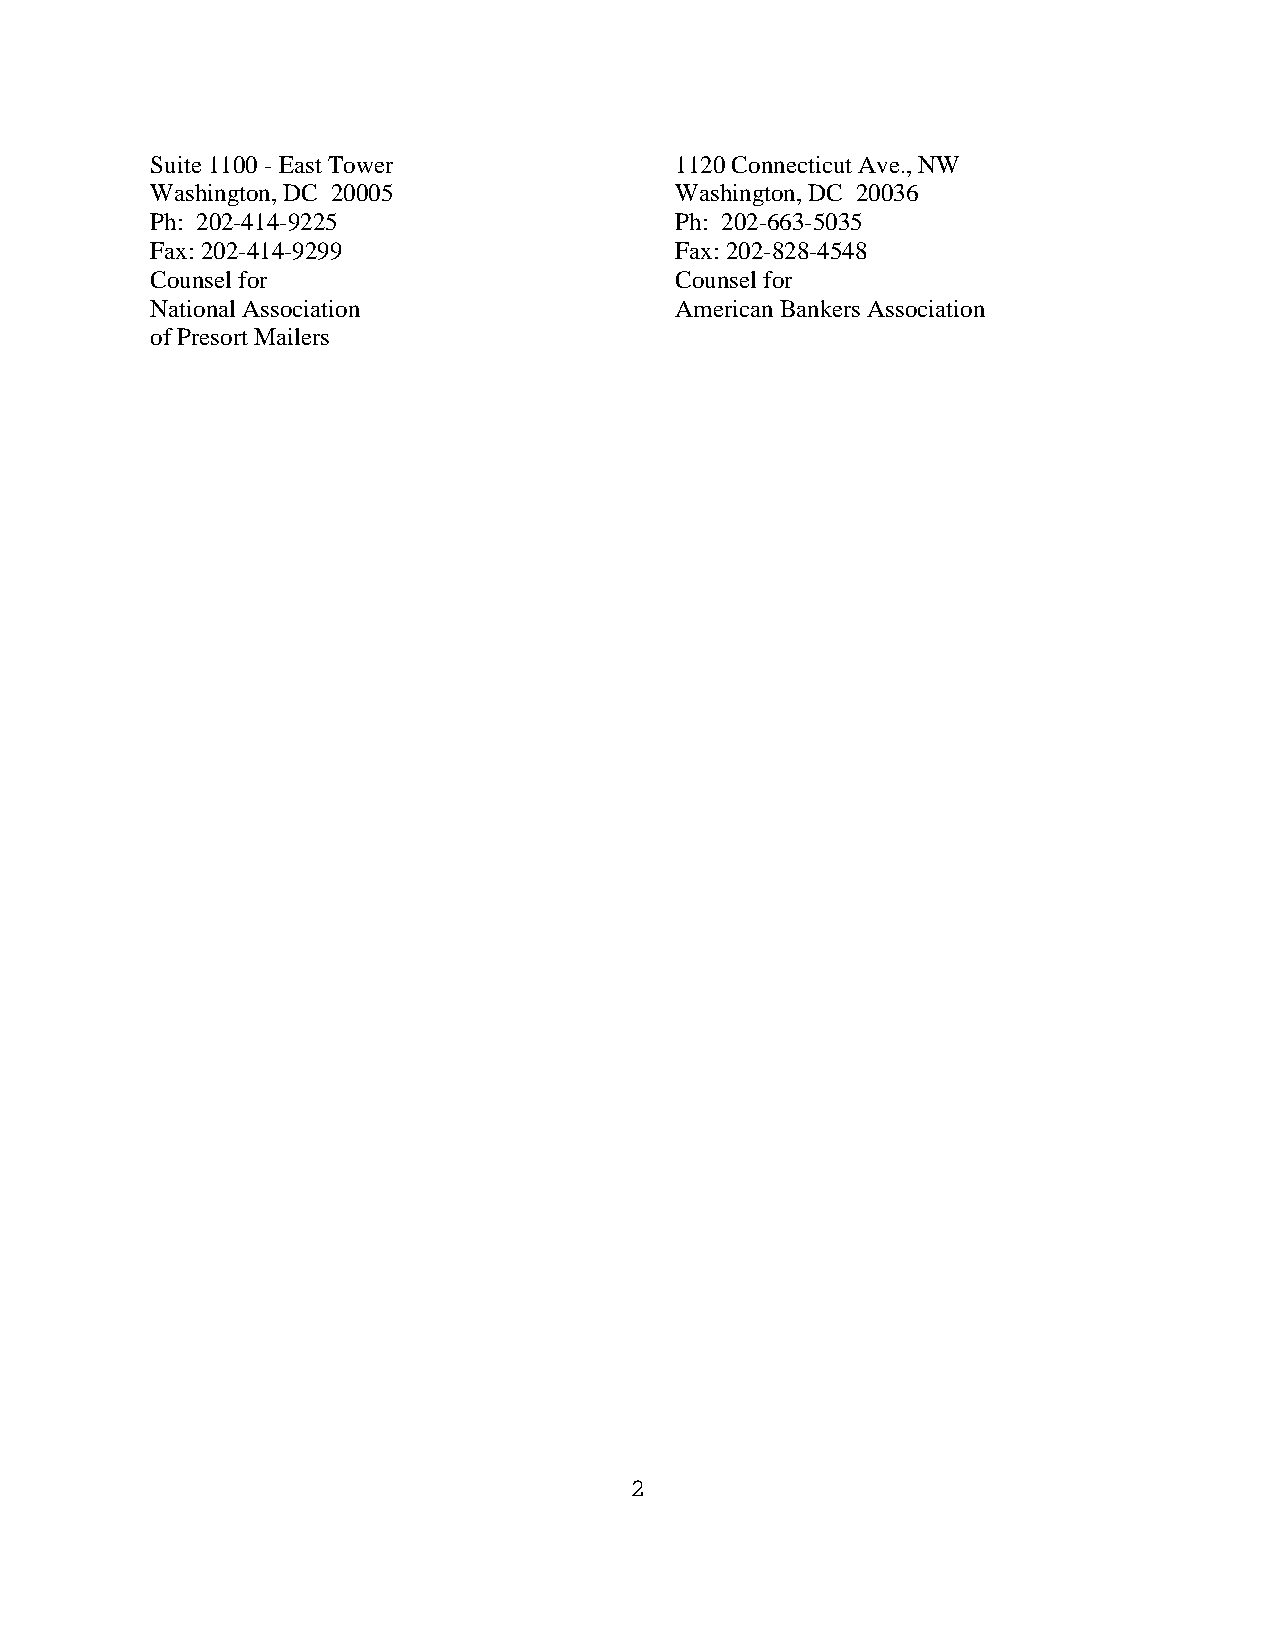
Suite 1100 - East Tower            1120 Connecticut Ave., NW
 Washington, DC 20005               Washington, DC 20036
 Ph: 202-414-9225                   Ph: 202-663-5035
 Fax: 202-414-9299                  Fax: 202-828-4548
 Counsel for                        Counsel for
 National Association               American Bankers Association
 of Presort Mailers
 2